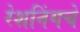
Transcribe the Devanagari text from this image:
रेशनिंगचे